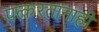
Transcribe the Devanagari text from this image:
पत्करतानाही